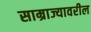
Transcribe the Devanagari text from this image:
साम्राज्यावरील